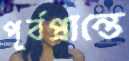
পূর্বপ্রান্তে